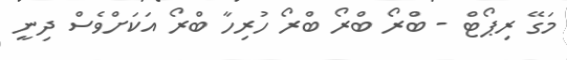
މަގޭ ރިޕޯޓް - ބްރޯ ބްރޯ ބްރޯ ހުރިހާ ބްރޯ އަކަށްވެސް ދިނީ